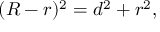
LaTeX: ( R - r ) ^ { 2 } = d ^ { 2 } + r ^ { 2 } ,